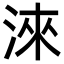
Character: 淶